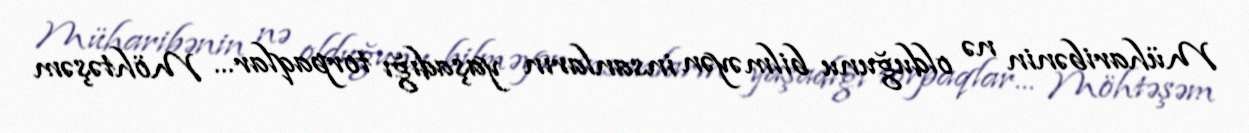
Müharibənin nə olduğunu bilməyən insanların yaşadığı torpaqlar... Möhtəşəm